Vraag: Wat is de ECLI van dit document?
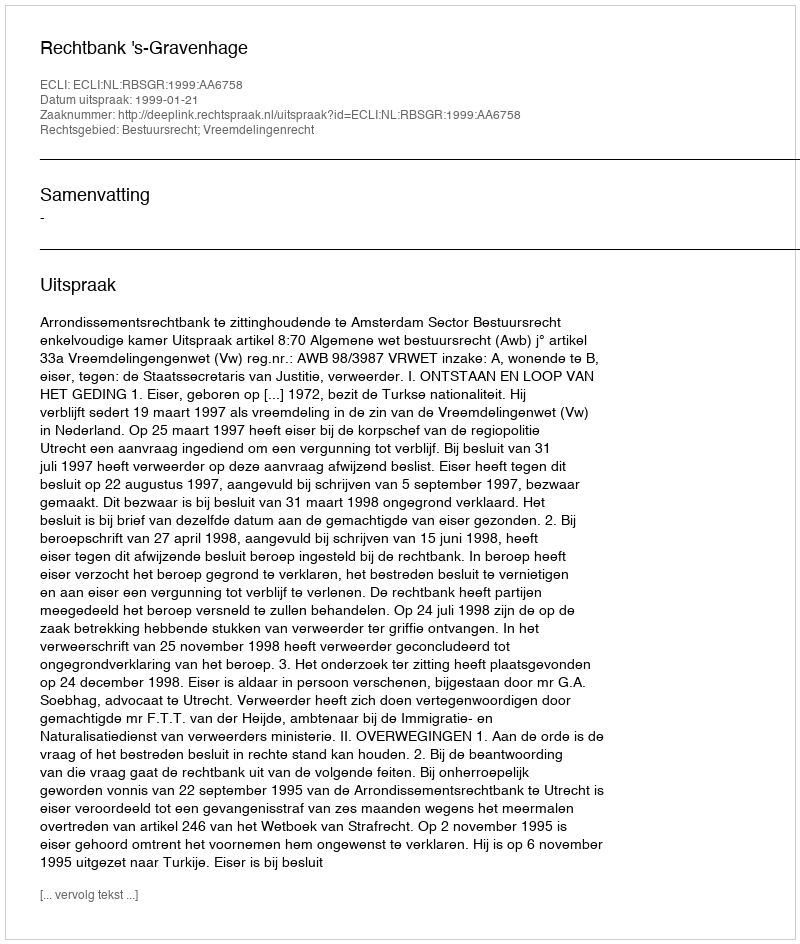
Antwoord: ECLI:NL:RBSGR:1999:AA6758